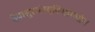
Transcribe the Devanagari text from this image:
देवासुरसंपदविभागयोग